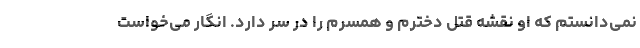
نمی‌دانستم که او نقشه قتل دخترم و همسرم را در سر دارد. انگار می‌خواست